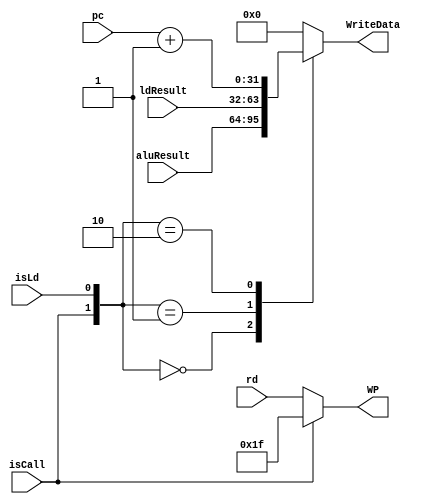
`timescale 1s/1ms
module WBUnit(WriteData, WP, 
	      isCall, isLd, pc, ldResult, aluResult, rd);
   input isCall, isLd;
   input[31:0] ldResult, aluResult;
   input [31:0] pc;
   input [4:0] rd;
   output reg [31:0] WriteData;
   output [4:0]WP;
   always @(isLd, isCall, aluResult, ldResult, pc)
     begin
	case({isCall, isLd})
	  2'b00: WriteData <= aluResult;
	  2'b01: WriteData <= ldResult;
	  2'b10: WriteData <= pc + 1;
    default : WriteData <= 0;
	endcase // case ({isCall, isLd})
     end
   assign WP = (isCall) ? 31 : rd;
endmodule // DFF